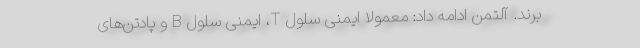
‌برند. آلتمن ادامه داد: معمولا ایمنی سلول T، ایمنی سلول B و پادتن‌های